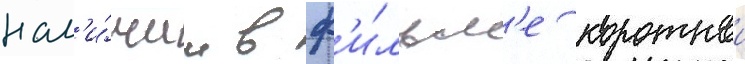
нал'и́чии в ф'и́льм'е короткои